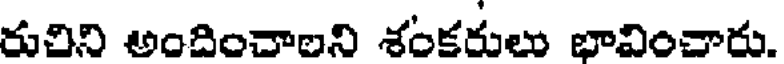
రుచిని అందించాలని శంకరులు భావించారు.